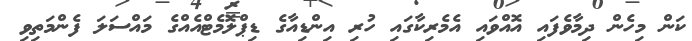
ކަން މިހެން ދިމާވެފައި އޮއްވައި އެމެރިކާގައި ހުރި އިންޑިއާގެ ޑިޕްލޮމެޓްއެއްގެ މައްސަލަ ފެންމަތިވި